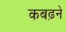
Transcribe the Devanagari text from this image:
कबढ़ने